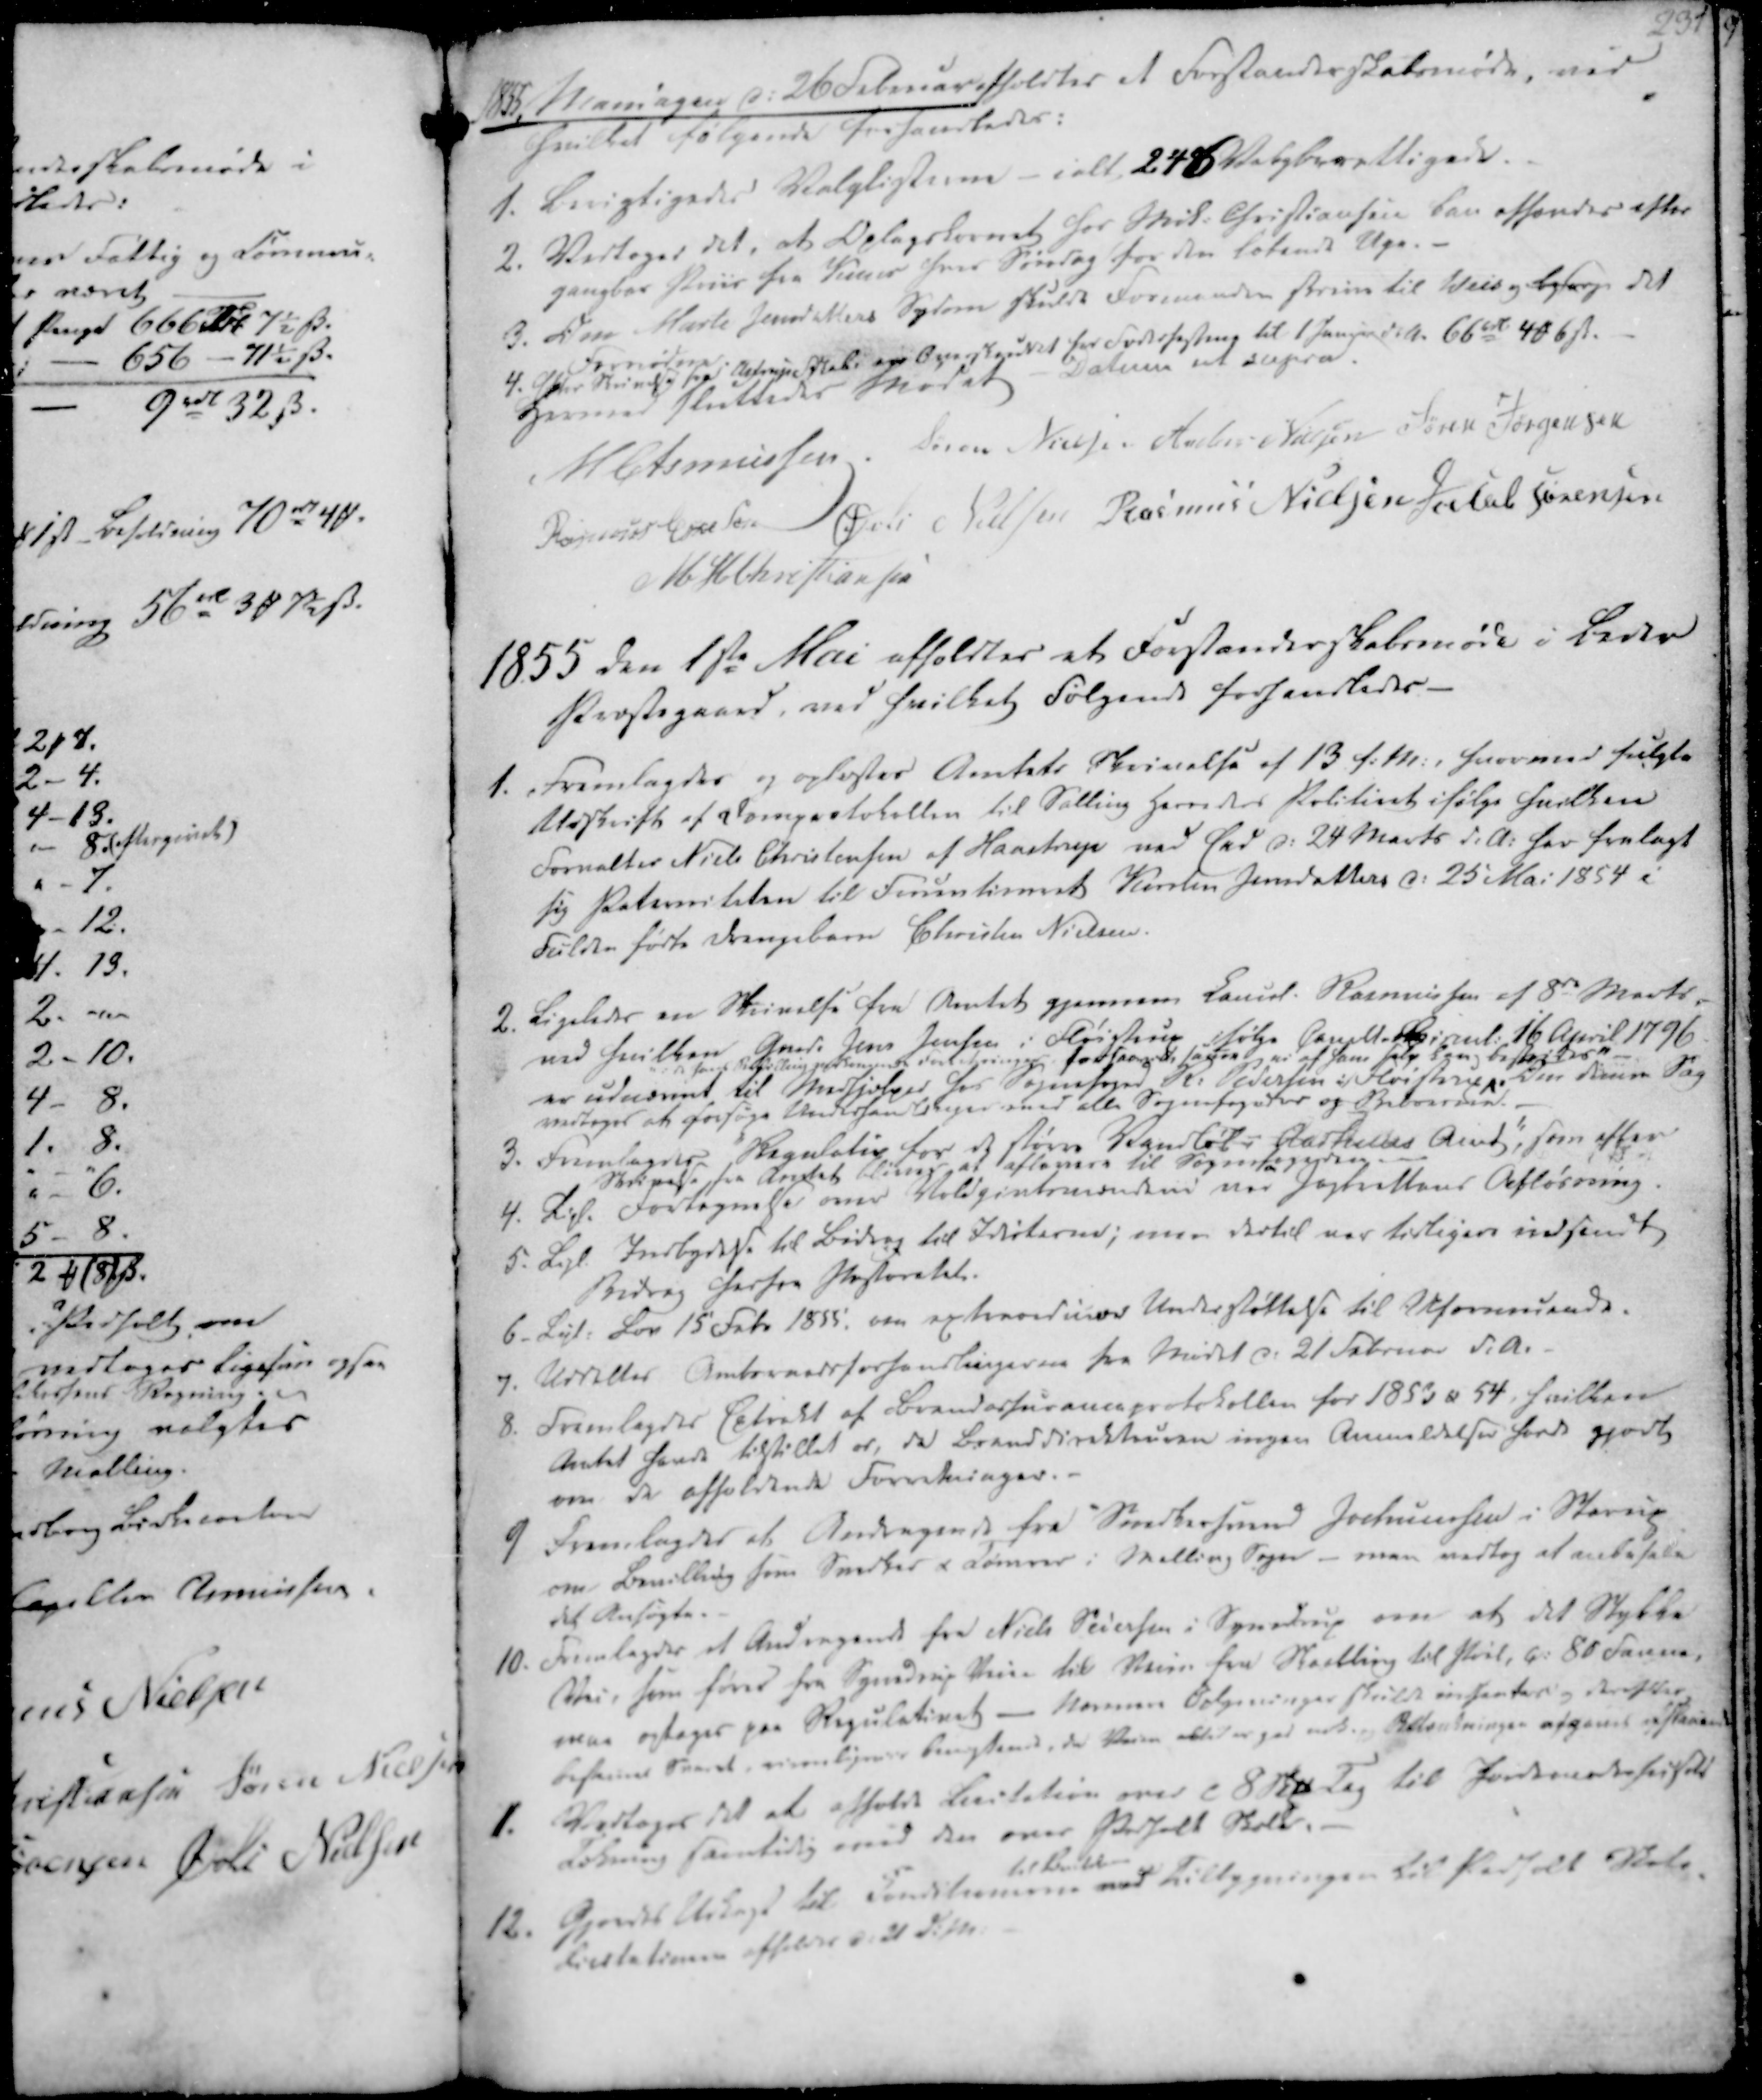
Transskription:
1855. Mandagen d. 26 Februar afholdtes et Forstanderskabsmøde, ved
hvilket følgende forhandledes:

1. Berigtigedes Valglisterne - ialt 246 Valgberettigede.
2. Vedtoges det, at Oplagskornet for Mik. Christiansen kan afhendes efter
gangbar Priis fra Yemer hver Søndag for den lotendt Uge. -
3. Den Marte Jensdatters Sygdom skulde Formanden skrive til Weis og besørge det
Fornødne
4. Efter Skrivelse fra Astrups Fskab. om Overskuddet for Foderhostene til 1 Januar d.A. 66 rdl 4 ₻ 6 ẞ.
Hermed sluttedes Mødet - Datum ut supra.

M Asmussen
Søren Nielsen
Anders Nielsen
Søren Jørgensen
Rasmus Eskesen
Øvli Nielsen
Rasmus Nielsen
Jacob Sørensen
M. H. Christiansen

1855 den 1ste Mai afholdtes et Forstanderskabsmøde i Beder
Præstegaard, ved hvilket Følgende forhandledes -

1. Fremlagdes og oplæstes Amtets Skrivelse af 13 f.M., hvormed fulgte
Udskrift af Domprotokollen til Salling Herredes Politiret ifølge hvilken
Forvalter Niels Christensen af Haastrup ved Eed d. 24 Marts d.A. har fralagt
sig Paterniteten til Fruentimeret Kirsten Jensdatters d. 25 Mai 1854 i
Fulden fødte Drengebarn Christen Nielsen.

2. Ligeledes en Skrivelse fra Amtet gjennem Cancel. Rasmussen af 8de Marts,
ved hvilken Gmd. Jens Jensen i Fløistrup ifølge Cancellie Circul. 16 April 1796,
er udnævnt til Medhjælper for Sognefoged R. Pedersen i Fløistrup
" : da hans Stilling vedkommet Foretninger forsaavel, saura er af ham selv han bestrikes".
. Om denne Sag
vedtoges at forsøge Underhandlinger med alle Sognefogeder og Beboerne.
3. Fremlagdes Regulativ for de større Vandløb i Aarshuus Amt", som efter
Skrivelse fra Amtet bliver at aflevere til Sognefogeden
4. Ligl. Fortegnelse over Voldgivtsmændene ved Jagtrettens Afløsning.
5. Ligl. Indbydelse til Bidrag til Idlisterne; men dertil var tidligere indsendt
Bidrag herfra Pastoratet.

6. Ligl. Lov 15 Febr 1855, om extraordinær Understøttelse til Uformuende.
7. Uddeltes Amtsraadsforhandlingerne fra Mødet d. 21 Februar d.A.
8. Fremlagdes Extrakt af Brandessuranceprotokollen for 1853 & 54, hvilken
Amtet havde tilstillet os, da Branddirekteuren ingen Anmeldelser havde gjort
om de afholdende Forretninger.-
9 Fremlagdes et Andragende fra Snedkersvend Jochumsen i Starup
om Bevilling som Snedker & Tømrer i Malling Sogn - man vedtog at anbefale
det Ansøgte.

10. Fremlagdes et Andragende fra Niels Seiersen i Synedrup om at det Stykke
Vei, som fører fra Synedrup Veien til Veien fra Skaabling til Pøel, c. 80 Faune
maa optages paa Regulativet - Nærmere Oplysninger skulde insendes og derefter
bestemes Svaret, virenlignere Paastand, da Veien ablelesged edle Bilendningen afgives afstaaende
11. Vedtoges det at afholde Licitation over c 8 Skp Tag til Jordemoderhuset
Tækning samtidig med den over Pedholt Skole.
12. Gjordes Udkast til Conditionerne
til Bækken
ved Tilbygningen til Pedholt Skole.
Licitationen afholdes d. 21 d.M.